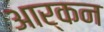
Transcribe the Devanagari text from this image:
आर्कन